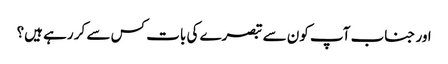
اور جناب آپ کون سے تبصرے کی بات کس سے کر رہے ہیں؟